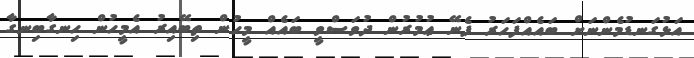
އަޅުގަނޑުމެންނަށް ބައެއްފަހަރު ފެނޭ ޢުމުރުން ދުވަސްވީ ބައެއް މީހުން ތިބޭއިރު އެމީހުން ހިނގާބިނގާ